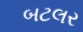
બટલર